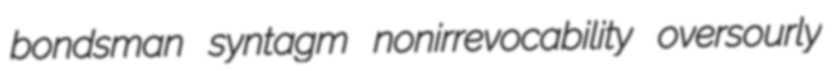
bondsman syntagm nonirrevocability oversourly